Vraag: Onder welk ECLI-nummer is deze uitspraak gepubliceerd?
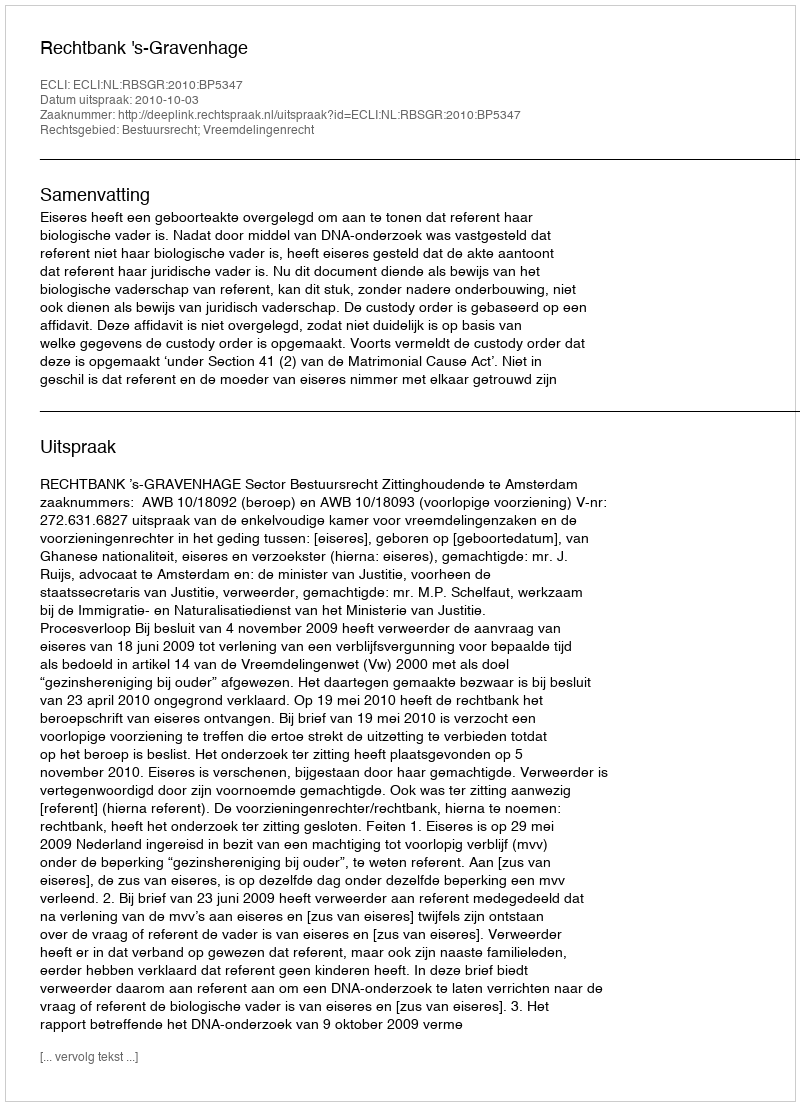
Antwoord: ECLI:NL:RBSGR:2010:BP5347